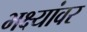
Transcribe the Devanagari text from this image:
भक्ष्यांवर